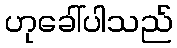
ဟုခေါ်ပါသည်